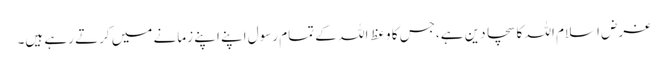
غرض اسلام اللہ کا سچا دین ہے،جس کا وعظ اللہ کے تمام رسول اپنے اپنے زمانے میں کرتے رہے ہیں۔